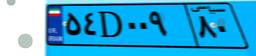
۸۲D۸۰۳۳۳